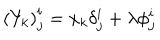
LaTeX: \left( Y _ { k } \right) _ { j } ^ { i } = x _ { k } \delta _ { j } ^ { i } + \lambda \phi _ { j } ^ { i }